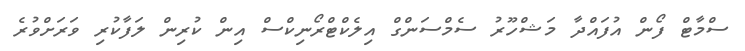
ސްމާޓް ފޯން އުފައްދާ މަޝްހޫރު ސެމްސަންގް އިލެކްޓްރޯނިކްސް އިން ކުރިން ލަފާކުރި ވަރަށްވުރެ